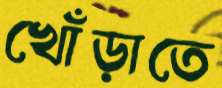
খোঁড়াতে